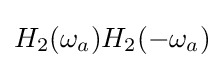
H_{2}(\omega _{a})H_{2}(-\omega _{a})